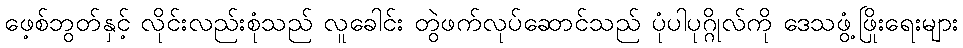
ဖေ့စ်ဘွတ်နှင့် လိုင်းလည်းစုံသည် လူခေါင်း တွဲဖက်လုပ်ဆောင်သည် ပုံပါပုဂ္ဂိုလ်ကို ဒေသဖွံ့ဖြိုးရေးများ